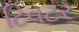
ટિવટર